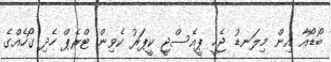
ބޯޑޯއާ އިން މިލަނޑު ޖެހީ ޕީއެސްޖީ ކީޕަރު ކެވިން ޓްރެޕް ހެދި ގޯހެއްގެ